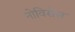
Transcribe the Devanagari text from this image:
नोविसेस